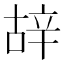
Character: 𨐒